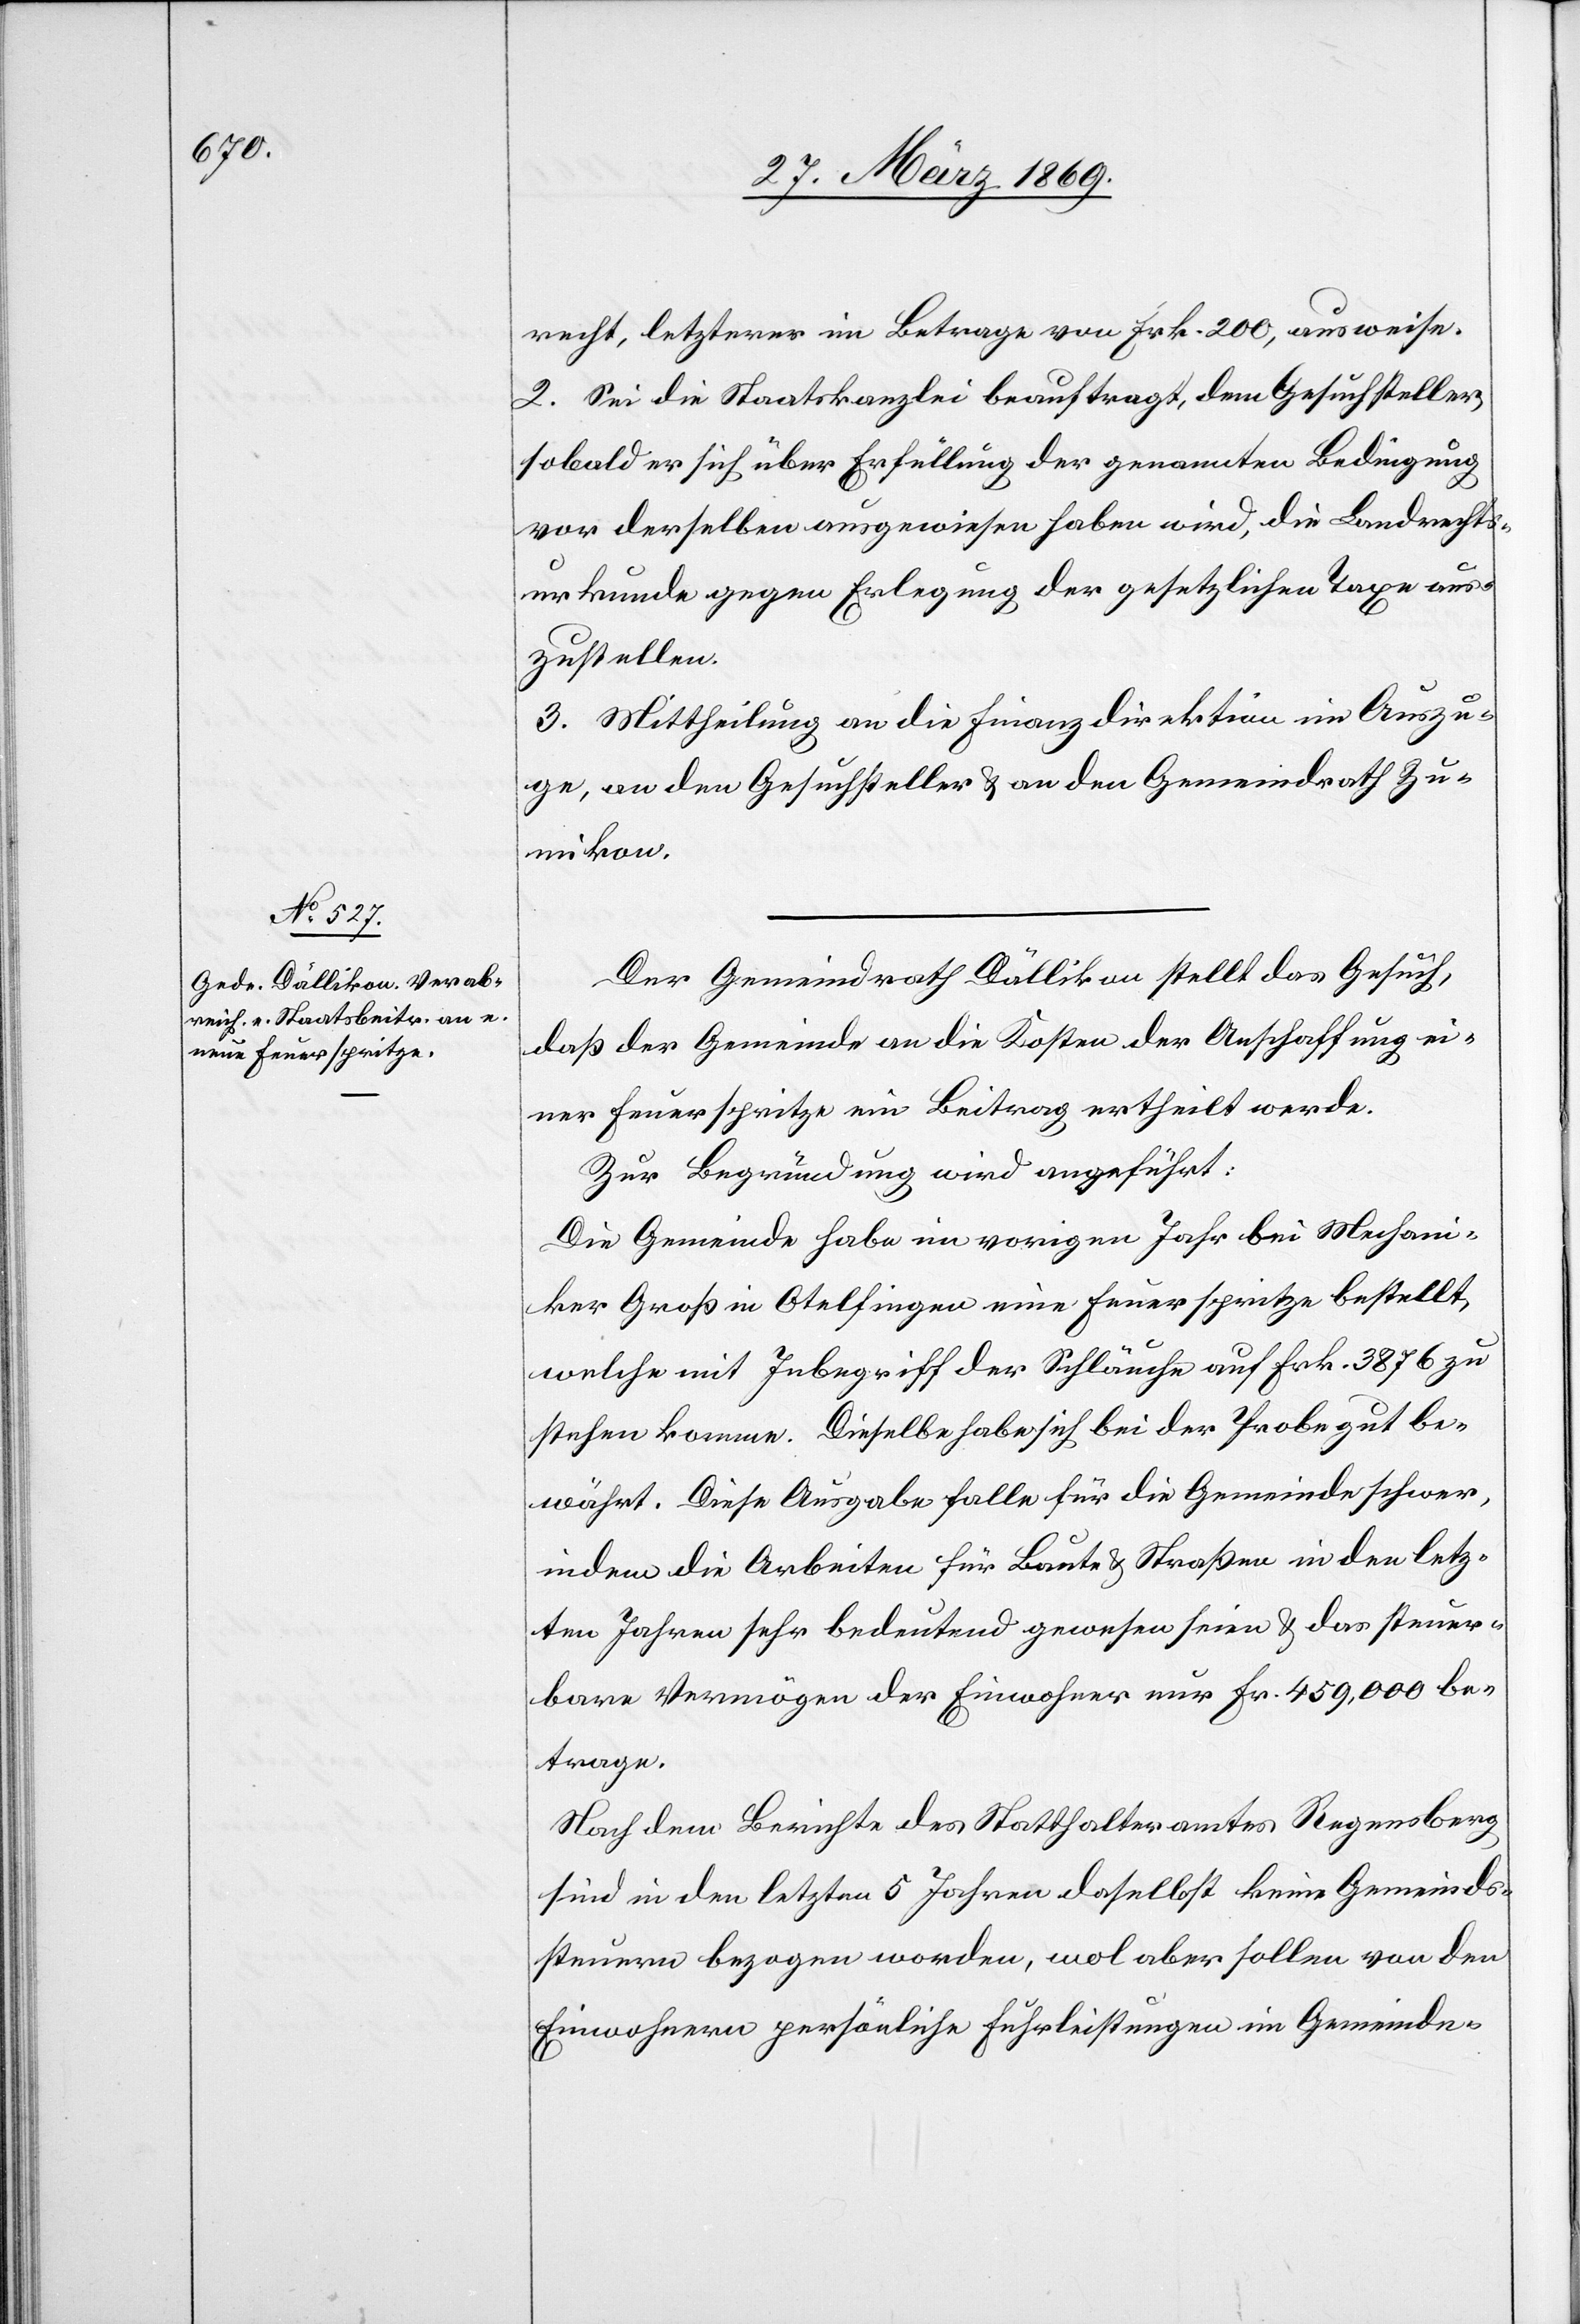
recht, letzterer im Betrag von frk. 200, ausweise.
2. Sei die Staatskanzlei beauftragt, dem Gesuchsteller
sobald er sich über Erfüllung der genannten Bedingung
vor derselben ausgewiesen haben wird, die Landrechts¬
urkunde gegen Erlegung der gesetzlichen Taxe aus¬
zustellen.
3. Mittheilung an die Finanzdirektion im Auszu¬
ge, an den Gesuchsteller u. an den Gemeindrath Zu¬
mikon.
Der Gemeindrath Dällikon stellt das Gesuch,
daß der Gemeinde an die Kosten der Anschaffung ei¬
ner Feuerspritze ein Beitrag ertheilt werde.
Zur Begründung wird angeführt:
Die Gemeinde habe im vorigen Jahr bei Mechani¬
ker Groß in Otelfingen eine Feuerspritze bestellt,
welche mit Inbegriff der Schläuche auf Frk. 3876 zu
stehen komme. Dieselbe habe sich bei der Probe gut be¬
währt. Diese Ausgabe falle für die Gemeinde schwer,
indem die Arbeiten für Baute u. Straßen in den letz¬
ten Jahren sehr bedeutend gewesen seien u. das steuer¬
bare Vermögen der Einwohner nur Fr. 459,000 be¬
trage.
Nach dem Berichte des Statthalteramtes Regensberg
sind in den letzten 5 Jahren daselbst keine Gemeinds¬
steuern bezogen worden, wol aber sollen von den
Einwohnern persönliche Fuhrleistungen im Gemeinde-